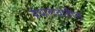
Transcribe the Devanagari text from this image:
ग्रंथालयांतील